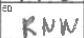
Transcription: RNW